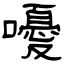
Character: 嚘